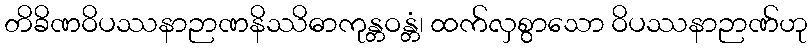
တိခိဏဝိပဿနာဉာဏနိဿိဓာကုန္တဝန္တံ၊ ထက်လှစွာသော ဝိပဿနာဉာဏ်ဟု